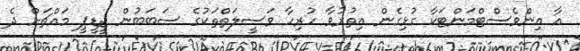
އާ އިންވެސްޓްމަންޓަކާ ގުޅިގެން އިތުރުވާ ހުރިހާ ވަސީލަތްތަކުގެ ސަބަބުން ޖީޑީޕީ މައްޗަށް ދެ